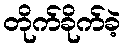
တိုက်ခိုက်ခဲ့